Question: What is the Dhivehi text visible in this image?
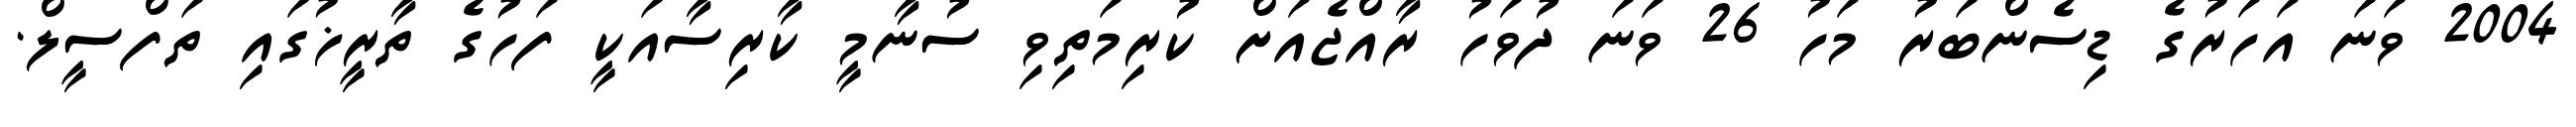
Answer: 2004 ވަނަ އަހަރުގެ ޑިސެންބަރު މަހު 26 ވަނަ ދުވަހު ރާއްޖެއަށް ކުރިމަތިވި ސުނާމީ ކާރިސާއަކީ ފަހުގެ ތާރީޚުގައި ތަފްސީލް.